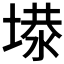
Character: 𡏏